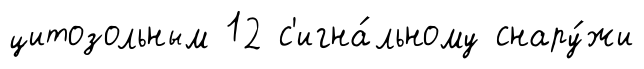
цитозольным 12 с'игна́льному снару́жи